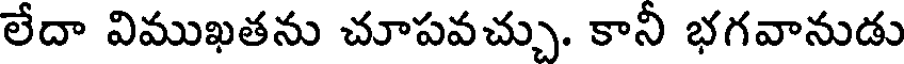
లేదా విముఖతను చూపవచ్చు. కానీ భగవానుడు